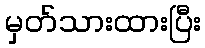
မှတ်သားထားပြီး